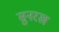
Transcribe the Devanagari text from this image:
सुनरख